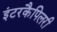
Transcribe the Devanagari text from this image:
इंटरकैपिलरी